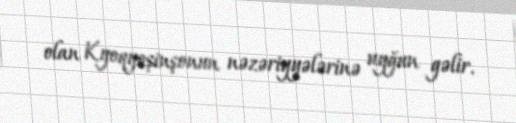
olan Kyoqyoşinşonun nəzəriyyələrinə uyğun gəlir.